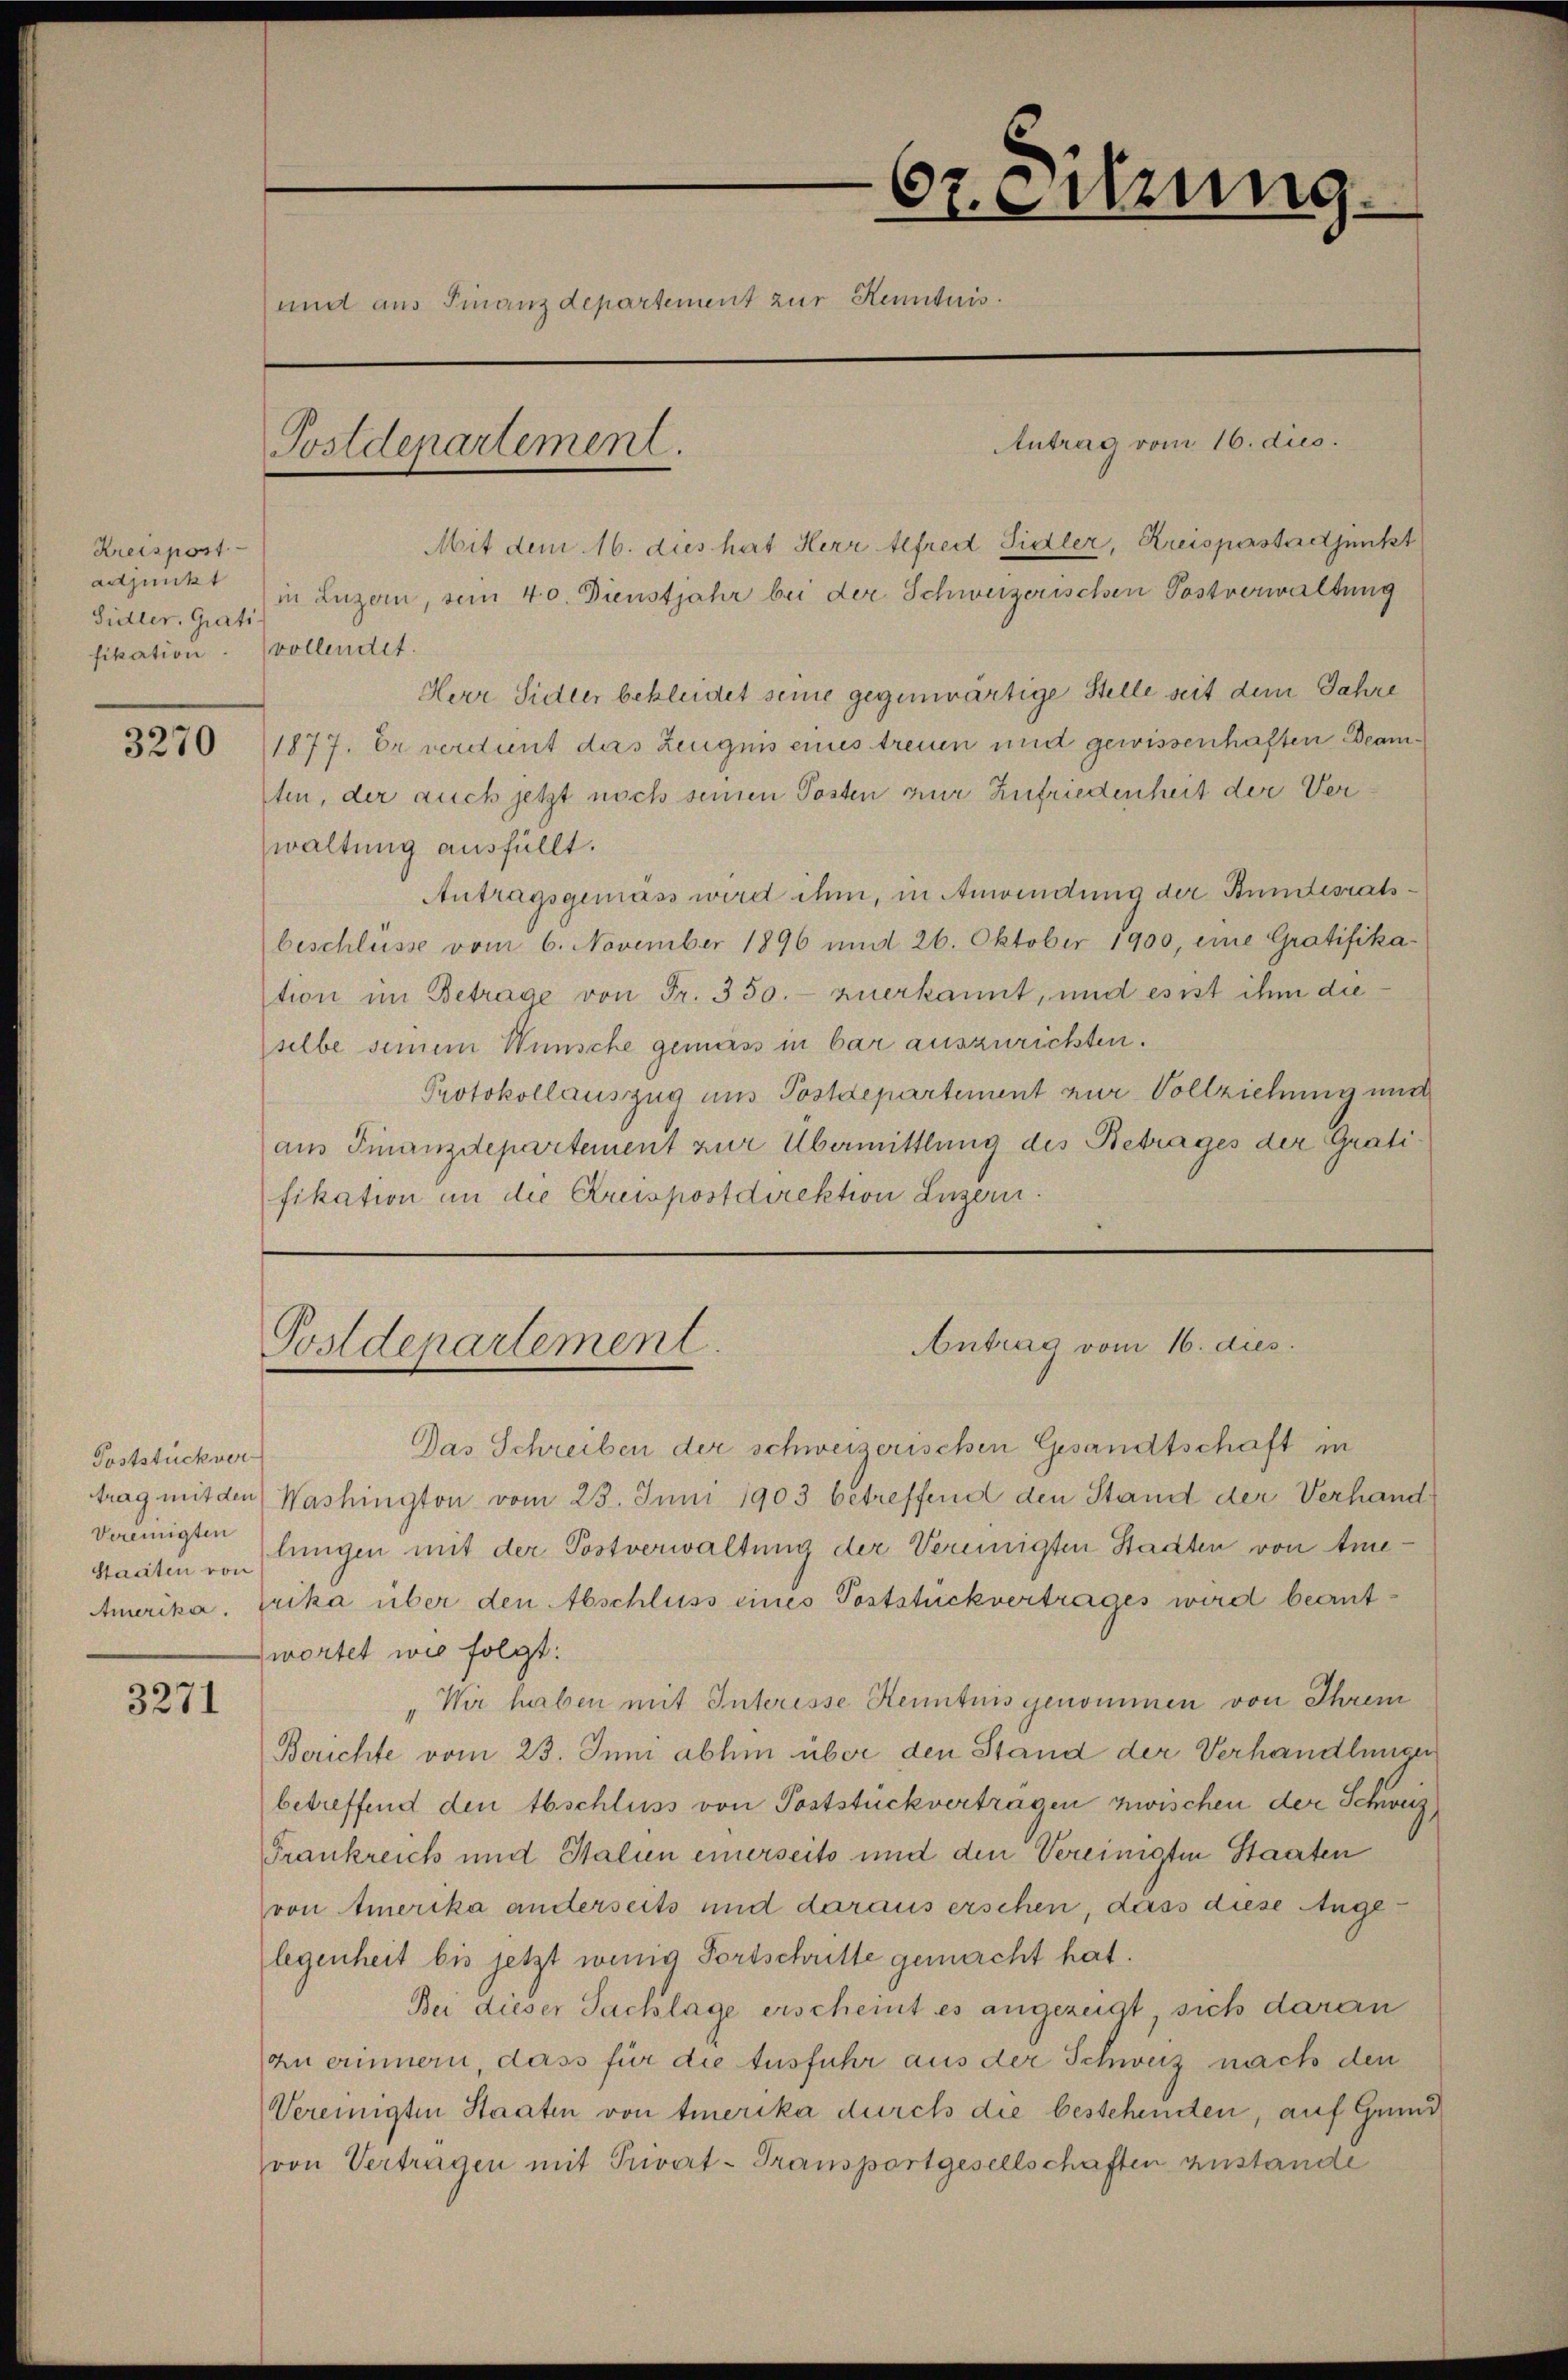
Kreispost
adjunkt
Sidler. Grati
fikation. vollendet.

3270

Poststückver
Vereinigten

3271

62. Sitzung.
und aus Finanzdepartement zur Kenntnis.

Postdepartement.

Mit dem 16. dies hat Herr Alfred Sidler, Kreispastadjunkt
in Luzern, von 40. Dienstjahr bei der Schweizerischen Postverwaltung
Herr Sidler bekleidet seine gegenwärtige Stelle seit dem Jahre
1877. Er verdient das Zeugnis eines treuen und gewissenhaften Beamten, der auch jetzt noch seinen Posten zur Zufriedenheit der Verwaltung ausfüllt.
Antragsgemäss wird ihm, in Anwendung der Bundesratsbeschlüsse vom 6. November 1896 und 26. Oktober 1900, eine Gratifika-
tion im Betrage von Fr. 350.- anerkannt, und es ist ihm dieselbe seinem Wünsche gemäss in bar auszurichten.
Protokollauszug aus Postdepartement zur Vollziehung nun
aus Finanzdepartement zur Übermittlung des Betrages der Grati
fikation in die Kreispostdirektion Luzern.

Postdepartement.

Antrag vom 16. dies.

Antrag vom 16. dies

Das Schreiben der schweizerischen Gesandtschaft in
trag mit den Washington vom 23. Juni 1903 betreffend den Stand der Verhand¬
Staaten von Lungen mit der Postverwaltung der Vereinigten Stadten von Ame¬
Amerika, Erika über den Abschluss eines Poststückvertrages wird beantwortet wie folgt:
Wir haben mit Interesse Kenntnis genommen von Ihrem
Berichte vom 23. Juni abhin über den Stand der Verhandlunger
betreffend den Abschluss von Poststückvertragen zwischen der Schweiz
Frankreich und Stalien einerseits und den Vereinigten Staaten
von Amerika anderseits und daraus erschen, dass diese Angelegenheit bis jetzt wenig Fortschritte gemacht hat.
Bei dieser Sachlage erscheint es angezeigt, sich daran
zu erinnern, dass für die Ausfuhr aus der Schweiz nach den
Vereinigten Staaten von Amerika durch die bestehenden, auf Grund
von Vertragen mit Privat-Transportgesellschaften zustande